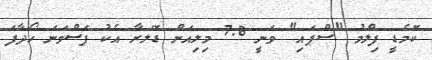
ކޮމެޑީ ފިލްމު "ސްޕައި" ވަނީ 7.8 މިލިއަން ޑޮލަރާ އެކު ފަސްވަނަ ހޯދާފަ